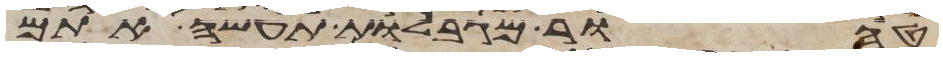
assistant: טהור מגבלות תעשה אתם